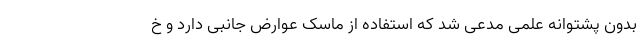
بدون پشتوانه علمی مدعی شد که استفاده از ماسک عوارض جانبی دارد و خ